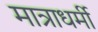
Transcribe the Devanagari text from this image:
मात्राधर्मी